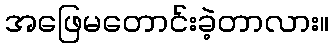
အဖြေမတောင်းခဲ့တာလား။